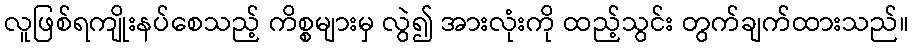
လူဖြစ်ရကျိုးနပ်စေသည့် ကိစ္စများမှ လွဲ၍ အားလုံးကို ထည့်သွင်း တွက်ချက်ထားသည်။